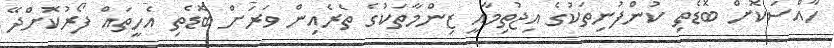
ހާއްސަކޮށް ބޮޑެތި ކުންފުނިތަކުގެ އިޖުތިމާއީ ޒިންމާތަކުގެ ތެރެއިން ވަރަށް ބޮޑެތި އެހީތައް ފޯރުކޮށްދޭ